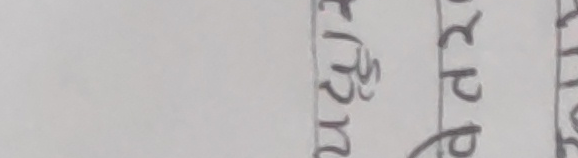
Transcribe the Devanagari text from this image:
ट्रिन् रुप रुप